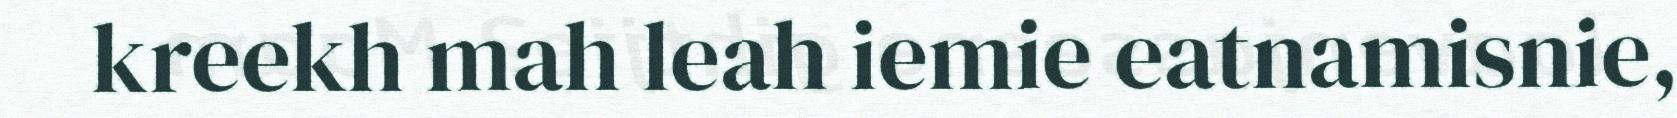
kreekh mah leah iemie eatnamisnie,